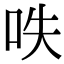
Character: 呹